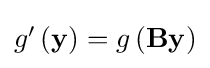
{\textstyle g'\left(\mathbf {y} \right)=g\left(\mathbf {By} \right)}